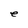
Character: e